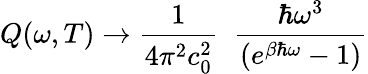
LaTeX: Q(\omega,T)\to\frac{1}{4\pi^{2}c_{0}^{2}}\; \; \frac{\hbar\omega^{3}}{(e^{\beta\hbar\omega}-1)}